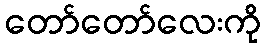
တော်တော်လေးကို